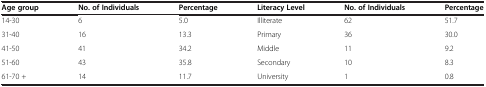
| Age group | No. of Individuals | Percentage | Literacy Level | No. of Individuals | Percentage |
 | --- | --- | --- | --- | --- | --- |
 | 14-30 | 6 | 5.0 | Illiterate | 62 | 51.7 |
 | 31-40 | 16 | 13.3 | Primary | 36 | 30.0 |
 | 41-50 | 41 | 34.2 | Middle | 11 | 9.2 |
 | 51-60 | 43 | 35.8 | Secondary | 10 | 8.3 |
 | 61-70 + | 14 | 11.7 | University | 1 | 0.8 |